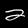
Label: 2